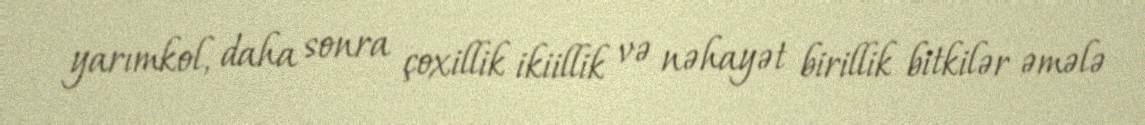
yarımkol, daha sonra çoxillik ikiillik və nəhayət birillik bitkilər əmələ